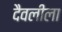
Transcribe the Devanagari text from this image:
दैवलीला